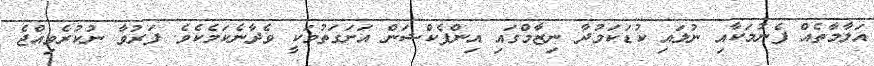
އަލާމާތެއް ފެނުމަކާއި ނުލައި ކުޑަކަމުދާ ނިޒާމްގައި އިންފެކްޝަން އަށަގަތުމަކީ ވެދާނެކަމެކެވެ. ފަރުވާ ނުކުރެވިއްޖެ